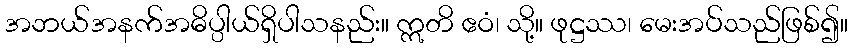
အဘယ်အနက်အဓိပ္ပါယ်ရှိပါသနည်း။ ဣတိ ဧဝံ၊ သို့။ ဖုဋ္ဌဿ၊ မေးအပ်သည်ဖြစ်၍။